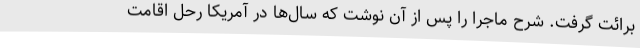
برائت گرفت. شرح ماجرا را پس از آن نوشت که سال‌ها در آمریکا رحل اقامت